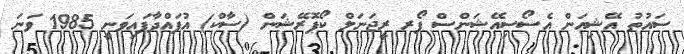
ސައުތު އޭޝިއަން އެސޯސިއޭޝަންސް ފޯރ ރީޖަނަލް ކޯޕޮރޭޝަން (ސާކް) އުފައްދާފައިވަނީ 1985 ވަނަ